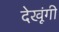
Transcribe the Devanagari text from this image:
देखूंगी